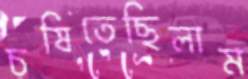
চষিতেছিলাম